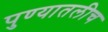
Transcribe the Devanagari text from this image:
पुण्यातलीच